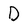
Character: D